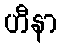
ဟီနာ